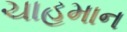
ચાહમાન